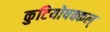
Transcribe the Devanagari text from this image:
कुटियोषक्कल्